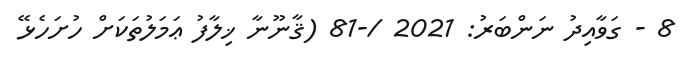
8 - ގަވާއިދު ނަންބަރު: 2021 /-81 (ޤާނޫނާ ޚިލާފު ޢަމަލުތަކަށް ހުށަހެޅޭ